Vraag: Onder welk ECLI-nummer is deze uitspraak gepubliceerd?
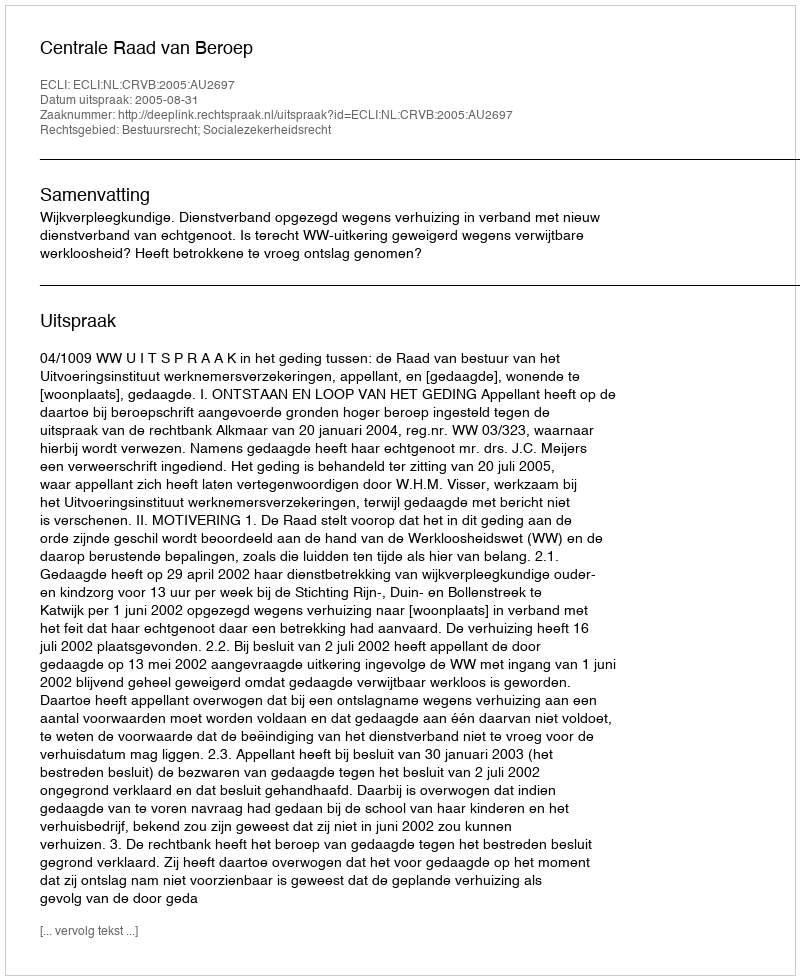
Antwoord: ECLI:NL:CRVB:2005:AU2697